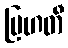
ဗြဟတီ